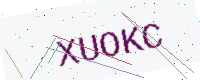
Text: XUOKC